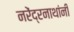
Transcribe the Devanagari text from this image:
नरेंद्रनाथांनी